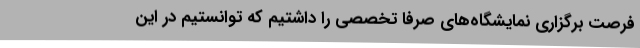
فرصت برگزاری نمایشگاه‌های صرفا تخصصی را داشتیم که توانستیم در این